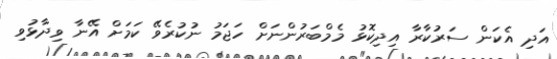
އަދި އެކަން ސަރުކާރާ އިދިކޮޅު މެމްބަރުންނަށް ހަޖަމު ނުކުރެވޭ ކަމަށް އޭނާ ވިދާޅުވި